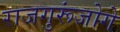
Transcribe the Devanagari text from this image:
राजगुरूंजोगे